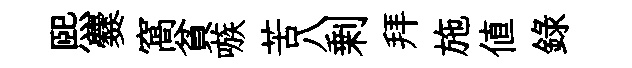
煕爨窩貧嗾苦八剰拜施值録